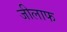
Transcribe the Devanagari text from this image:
जीलाफ